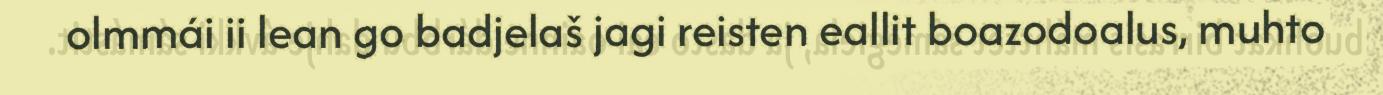
olmmái ii lean go badjelaš jagi reisten eallit boazodoalus, muhto